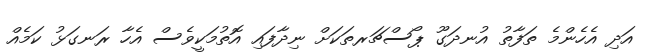
އަދި އެހެންމެ ތަފާތު އުނދަގޫ ޕޯސްޗަރތަކަށް ނިދާފައި އޮތުމަކީވެސް އެހާ ރަނގަޅު ކަމެއް